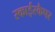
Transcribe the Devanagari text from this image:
स्काईस्कैपर